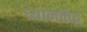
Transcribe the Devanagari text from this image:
ध्यानकेंद्र